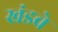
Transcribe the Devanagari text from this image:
खंडवे